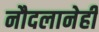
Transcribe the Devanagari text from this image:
नौदलानेही